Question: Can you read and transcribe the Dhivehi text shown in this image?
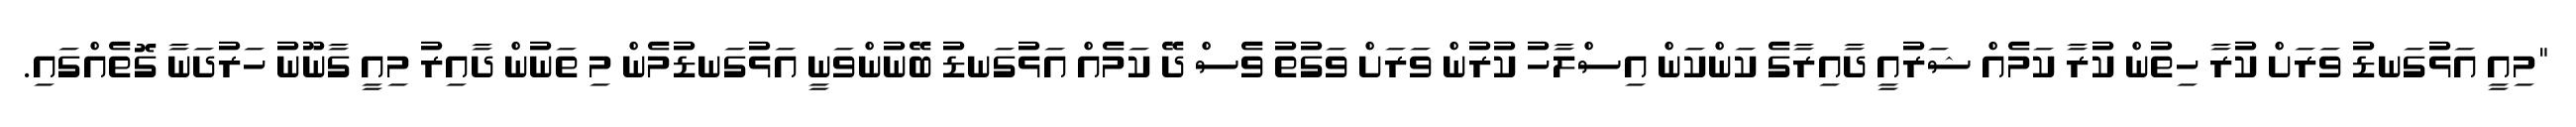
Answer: "މިއީ އަޅުގަނޑު ވަރަށް ކުރާ ހިތުން ކުރާ ކަމެއް ޝަރުއީ ދާއިރާގެ ކަންކަން އިސްލާހު ކުރުން ވަރަށް ވަގުތު ވެސް ދޭ ކަމެއް އަޅުގަނޑު ބޭނުންވަނީ އަޅުގަނޑުމެން މި ތަނުން ދާއިރު މިއީ ގާނޫނު ހަރުދަނާ ގޮތެއްގައި.